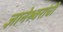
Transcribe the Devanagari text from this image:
ज्ञानेश्र्वरांची